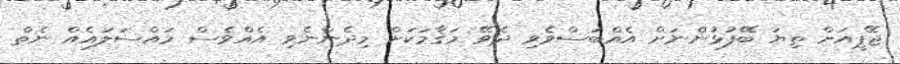
ޖޭޕީއަށް ތިޔަ ބޭފުޅުންނަށް އެއްބަސްވެވި ދެވޭ މަޤާމަކަށް މިދެންނެވި އެއްވެސް މައްސަލައެއް ނެތް